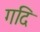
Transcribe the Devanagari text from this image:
गदि